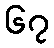
၆၇